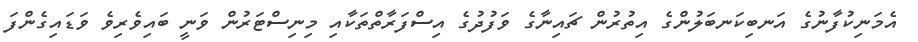
އެމަނިކުފާނުގެ އަނބިކަނބަލުންގެ އިތުރުން ޗައިނާގެ ވަފުދުގެ އިސްފަރާތްތަކާއި މިނިސްޓަރުން ވަނީ ބައިވެރިވެ ވަޑައިގެންފަ